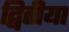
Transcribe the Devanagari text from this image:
द्बितीया